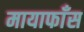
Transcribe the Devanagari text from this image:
मायाफाँस